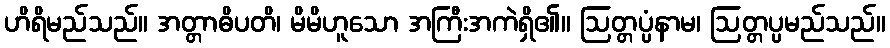
ဟိရိမည်သည်။ အတ္တာဓိပတိ၊ မိမိဟူသော အကြီးအကဲရှိ၏။ ဩတ္တပ္ပံနာမ၊ ဩတ္တပ္ပမည်သည်။